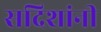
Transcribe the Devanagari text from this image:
सदिशांनी